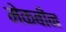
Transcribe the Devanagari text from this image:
मेकबीन